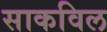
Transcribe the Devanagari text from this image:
साकविल